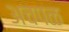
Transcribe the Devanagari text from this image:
अचपळ